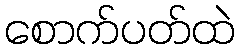
စောက်ပတ်ထဲ